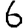
Digit: 6